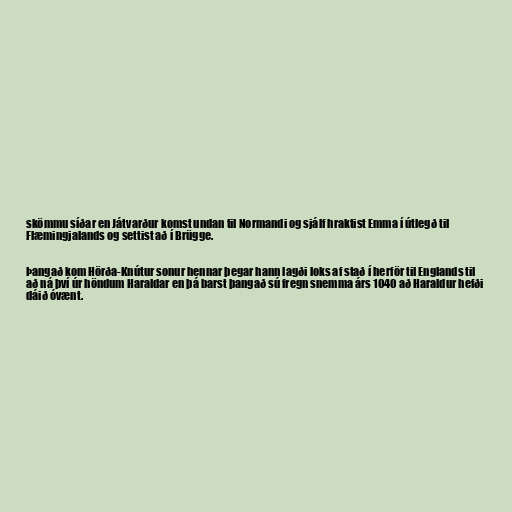
skömmu síðar en Játvarður komst undan til Normandi og sjálf hraktist Emma í útlegð til
Flæmingjalands og settist að í Brügge.

Þangað kom Hörða-Knútur sonur hennar þegar hann lagði loks af stað í herför til Englands til
að ná því úr höndum Haraldar en þá barst þangað sú fregn snemma árs 1040 að Haraldur hefði
dáið óvænt.